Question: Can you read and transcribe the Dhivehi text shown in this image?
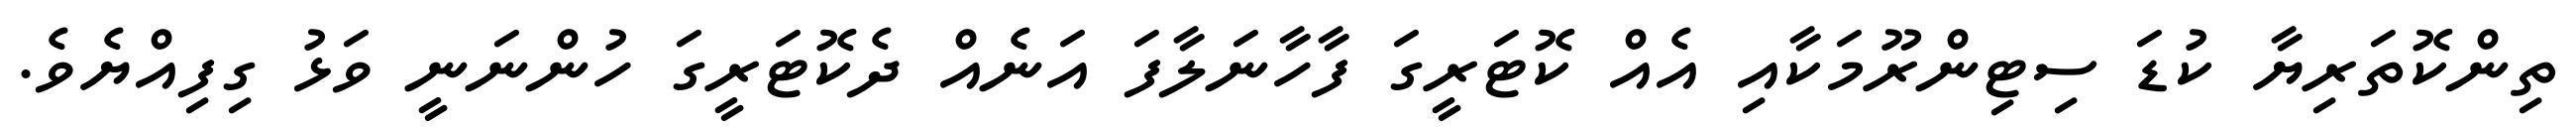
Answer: ތިންކޮތަރިޔާ ކުޑަ ސިޓިންރޫމަކާއި އެއް ކޮޓަރީގަ ފާހާނަލާފަ އަނެއް ދެކޮޓަރީގަ ހުންނަނީ ވަޅު ގިފިއްޔެވެ.